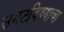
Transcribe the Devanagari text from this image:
उमटविण्याचा